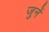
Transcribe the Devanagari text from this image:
जुनें